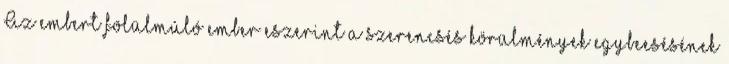
Az embert fölülmúló ember eszerint a szerencsés körülmények egybeesésének